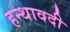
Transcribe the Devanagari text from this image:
हन्थावदी